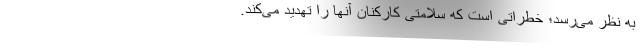
به نظر می‌رسد؛ خطراتی است که سلامتی کارکنان آنها را تهدید می‌کند.